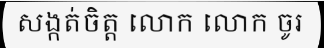
សង្កត់ចិត្ត លោក លោក ចូរ